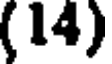
(14)